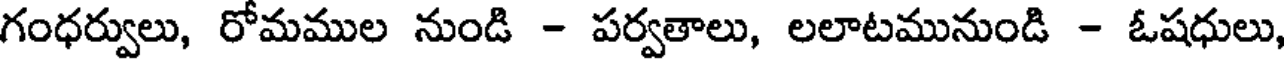
గంధర్వులు, రోమముల నుండి - పర్వతాలు, లలాటమునుండి - ఓషధులు,